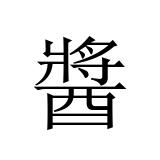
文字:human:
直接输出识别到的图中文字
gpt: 醬